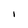
Character: I